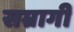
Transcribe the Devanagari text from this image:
सम्रागी